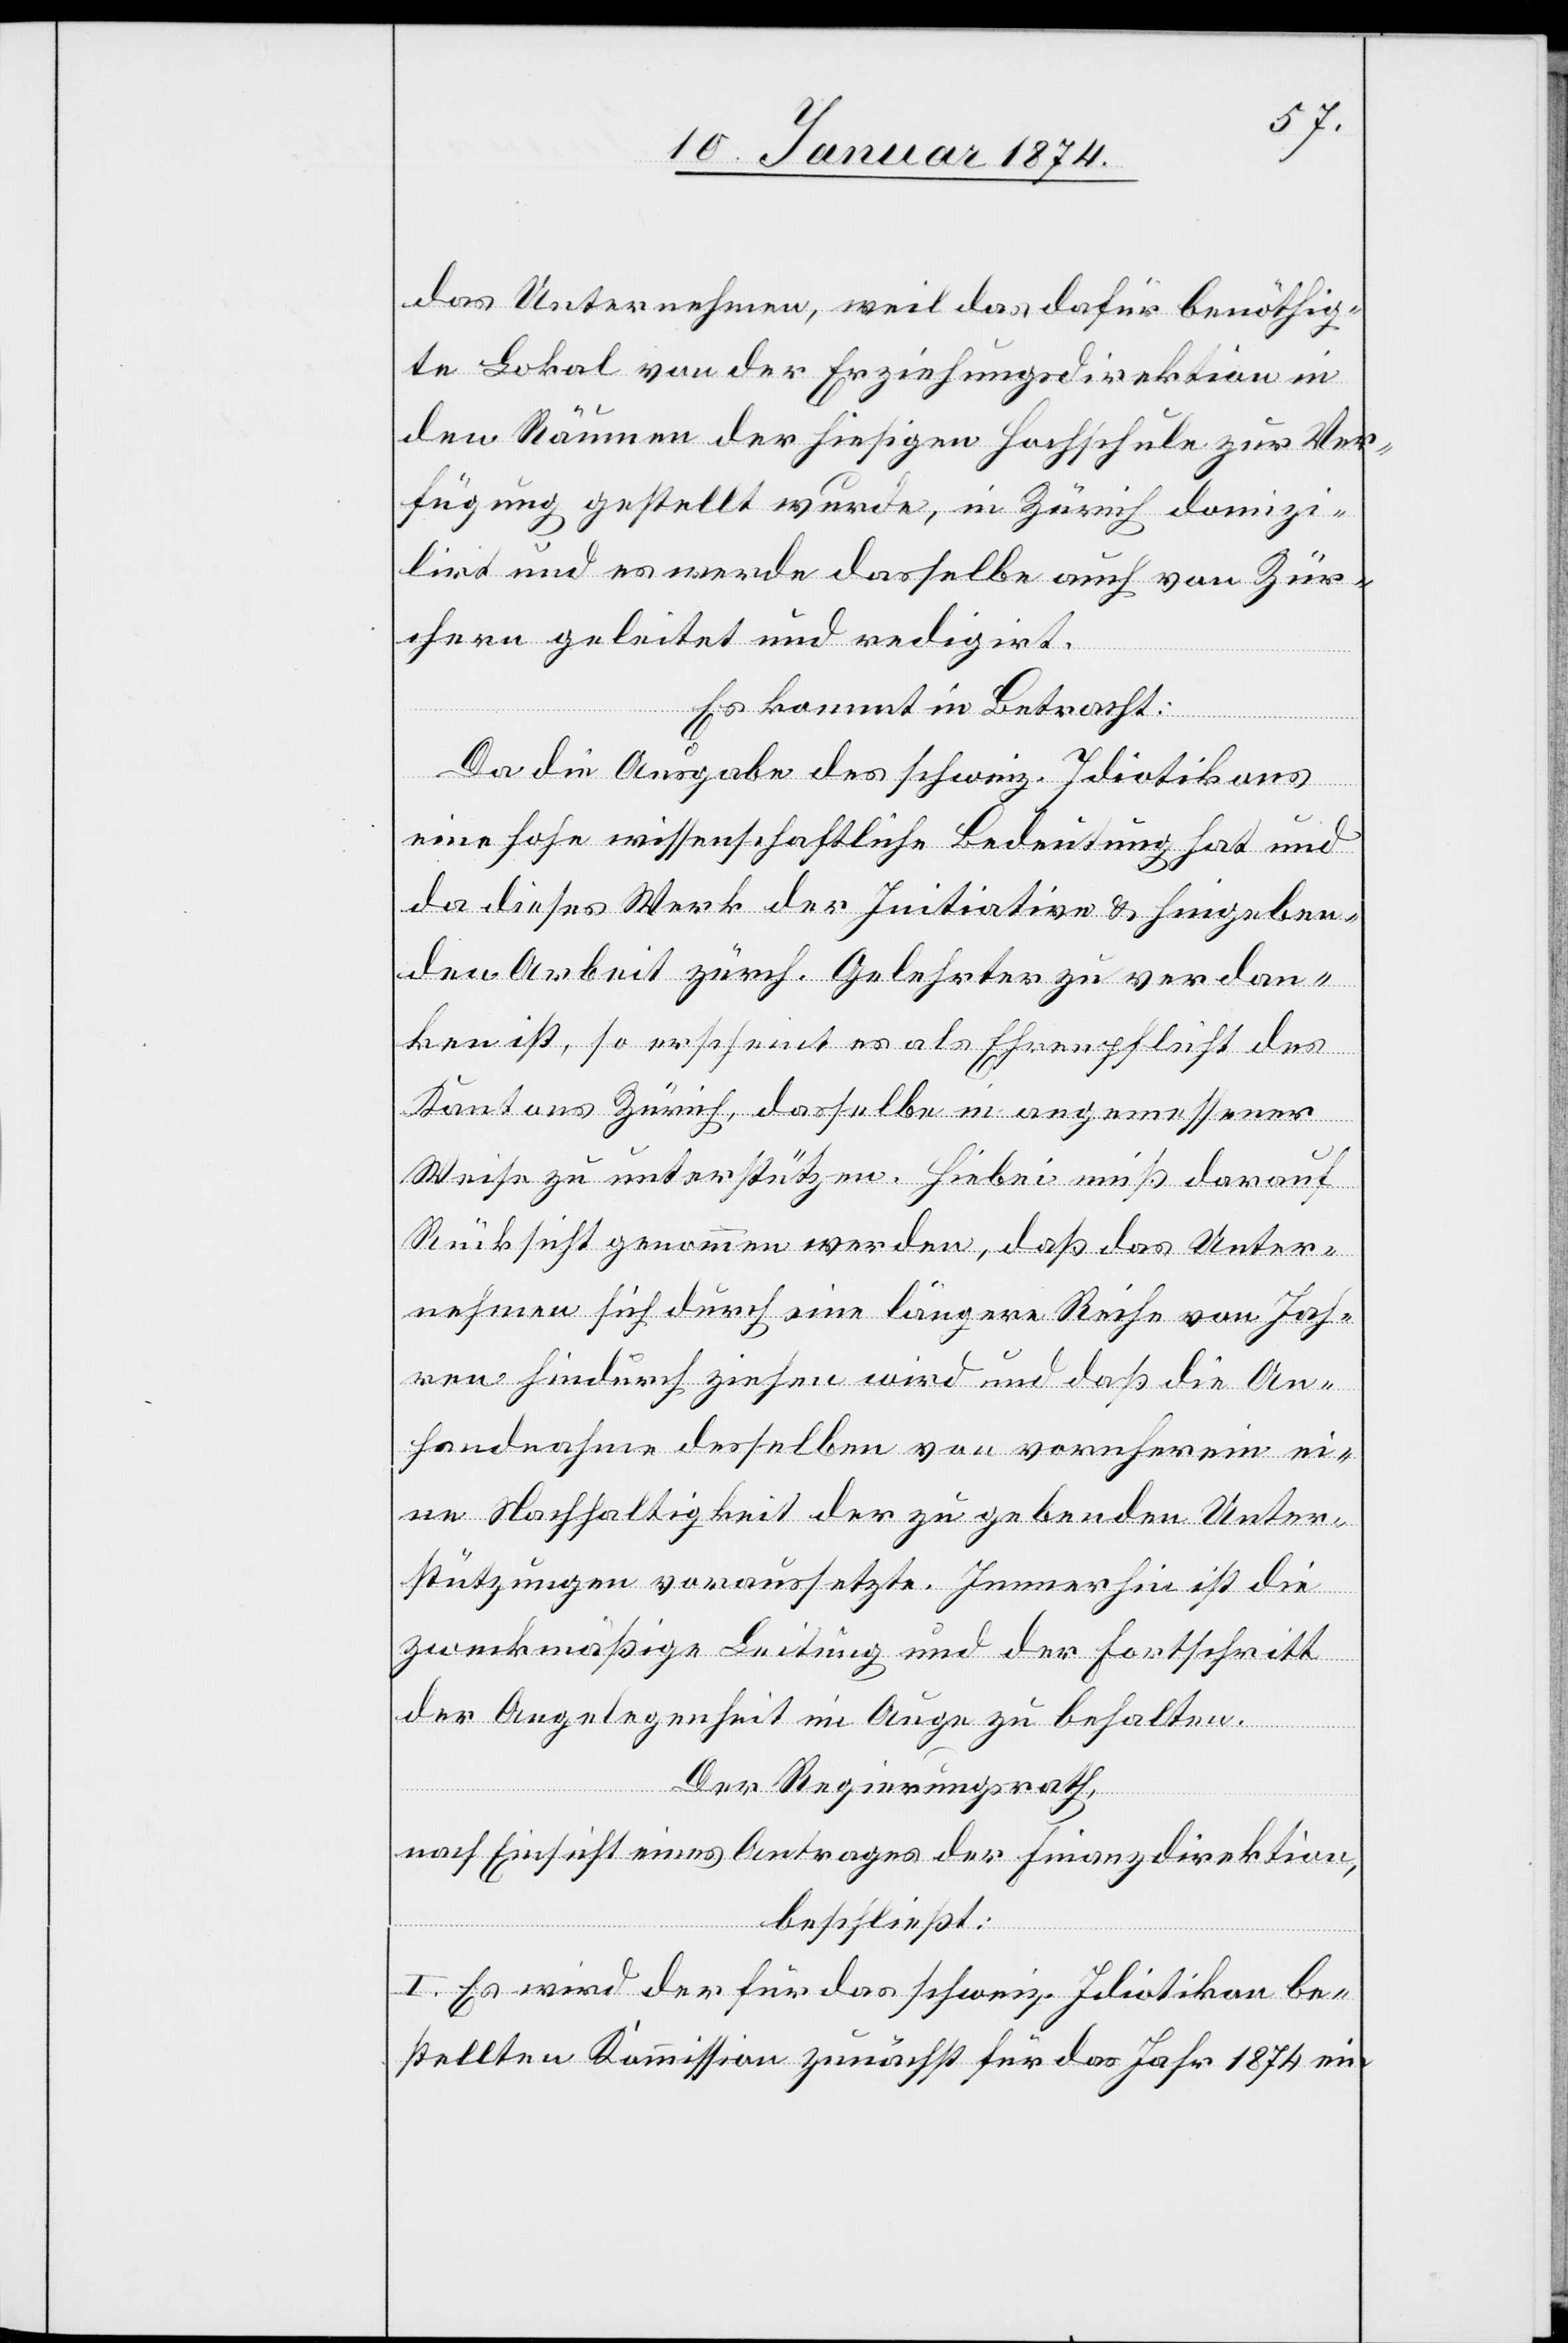
das Unternehmen, weil das dafür benöthig¬
te Lokal von der Erziehungsdirektion in
den Räumen der hiesigen Fachschule zur Ver¬
fügung gestellt wurde, in Zürich domizi¬
lirt und es werde dasselbe auch von Zür¬
chern geleitet und redigirt.
Es kommt in Betracht:
Da die Ausgabe des schweiz. Idiotikons
eine hohe wissenschaftliche Bedeutung hat und
da dieses Werk der Initiation & hingeben¬
den Arbeit zürch. Gelehrter zu verdan¬
ken ist, so erscheint es als Ehrenpflicht des
Kantons Zürich, dasselbe in angemessener
Weise zu unterstützen. Hiebei muß darauf
Rücksicht genommen werden, daß das Unter¬
nehmen sich durch eine längere Reihe von Jah¬
ren hindurch ziehen wird und daß die An¬
handnahme desselben von vornherein ei¬
ne Nachhaltigkeit der zu gebenden Unter¬
stützungen voraussetze. Immerhin ist die
zweckmäßige Leitung und der Fortschritt
der Angelegenheit im Auge zu behalten.
Der Regierungsrath,
nach Einsicht eines Antrages der Finanzdirektion,
beschließt:
I. Es wird der für das schweiz. Idiotikon be¬
stellten Kommission zunächst für das Jahr 1874 ein